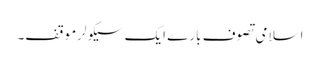
اسلامی تصوف بارے ایک سیکولرموقف۔